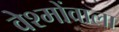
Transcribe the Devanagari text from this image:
वेश्मोंवाला